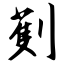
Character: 劐